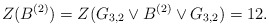
\begin{align*} Z(B^{(2)})=Z(G_{3,2} \vee B^{(2)} \vee G_{3,2})=12. \end{align*}